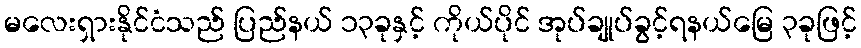
မလေးရှားနိုင်ငံသည် ပြည်နယ် ၁၃ခုနှင့် ကိုယ်ပိုင် အုပ်ချုပ်ခွင့်ရနယ်မြေ ၃ခုဖြင့်